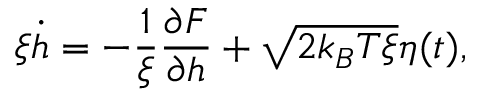
\xi \dot { h } = - \frac { 1 } { \xi } \frac { \partial { \cal F } } { \partial h } + \sqrt { 2 k _ { B } T \xi } \eta ( t ) ,